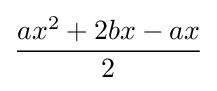
{\frac {ax^{2}+2bx-ax}{2}}